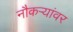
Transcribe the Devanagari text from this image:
नौकऱ्यांवर